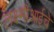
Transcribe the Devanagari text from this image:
लक्ष्मीआईचे